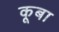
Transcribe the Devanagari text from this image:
कूबा